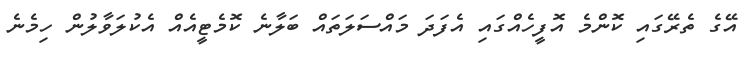
އޭގެ ތެރޭގައި ކޮންމެ އޮފީހެއްގައި އެފަދަ މައްސަލަތައް ބަލާނެ ކޮމެޓީއެއް އެކުލަވާލުން ހިމެނެ